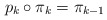
\begin{align*}p_{k}\circ\pi_{k}=\pi_{k-1}\end{align*}